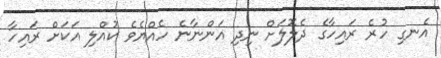
އެނގި ހުރެ ރައިހާގެ ދެލޮލަށް ނިދި އަންނާނެ ހެއްޔެވެ ކުއްލި އަކަށް ރައިހާ